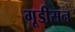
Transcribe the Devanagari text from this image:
गूडीसन